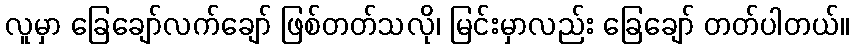
လူမှာ ခြေချော်လက်ချော် ဖြစ်တတ်သလို၊ မြင်းမှာလည်း ခြေချော် တတ်ပါတယ်။